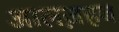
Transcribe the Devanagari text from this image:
आलज़हब